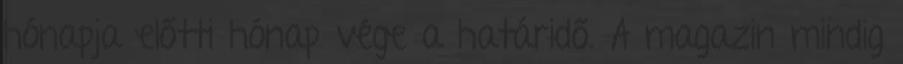
hónapja előtti hónap vége a határidő. A magazin mindig